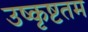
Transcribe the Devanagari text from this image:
उष्कृष्टतम